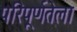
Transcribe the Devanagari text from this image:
परिपूर्णतेला